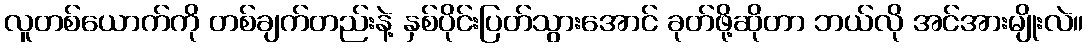
လူတစ်ယောက်ကို တစ်ချက်တည်းနဲ့ နှစ်ပိုင်းပြတ်သွားအောင် ခုတ်ဖို့ဆိုတာ ဘယ်လို အင်အားမျိုးလဲ။